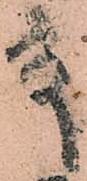
殿